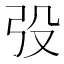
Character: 𭚧